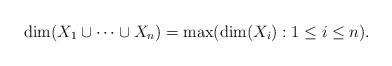
LaTeX: \begin{align*}\dim(X_1\cup\cdots\cup X_n)=\max (\dim(X_i):1\leq i\leq n).\end{align*}